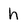
Character: h